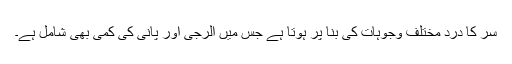
سر کا درد مختلف وجوہات کی بنا پر ہوتا ہے جس میں الرجی اور پانی کی کمی بھی شامل ہے۔